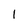
Character: 1